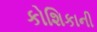
કોશિકાની